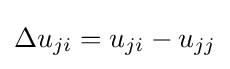
\Delta u_{ji}=u_{ji}-u_{jj}